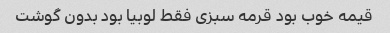
قیمه خوب بود قرمه سبزی فقط لوبیا بود بدون گوشت